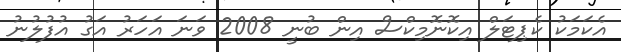
އެކަމަކު ކެޕިޓަލް އިކޮނޮމިކްސް އިން ބުނީ 2008 ވަނަ އަހަރު އަގު އުފުލުނު